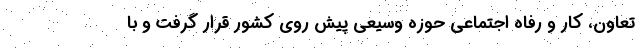
تعاون، کار و رفاه اجتماعی حوزه وسیعی پیش روی کشور قرار گرفت و با